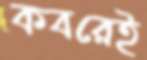
কবরেই